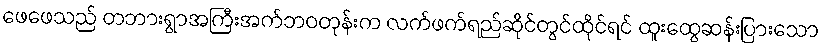
ဖေဖေသည် တဘားရွာအကြီးအက်ဘဝတုန်းက လက်ဖက်ရည်ဆိုင်တွင်ထိုင်ရင် ထူးထွေဆန်းပြားသော